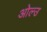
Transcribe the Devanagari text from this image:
ओल्‍उ